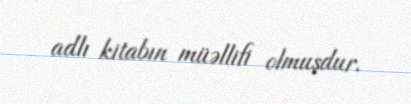
adlı kitabın müəllifi olmuşdur.